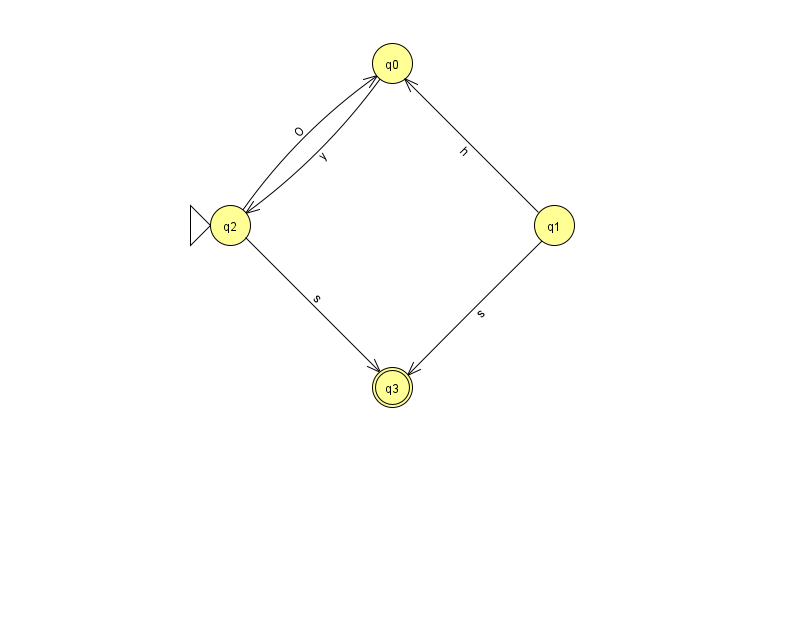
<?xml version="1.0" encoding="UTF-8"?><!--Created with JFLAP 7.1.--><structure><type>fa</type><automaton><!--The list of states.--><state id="0" name="q0"><x>392.0</x><y>50.0</y></state><state id="1" name="q1"><x>554.0</x><y>212.0</y></state><state id="2" name="q2"><x>230.0</x><y>212.0</y><initial/></state><state id="3" name="q3"><x>392.0</x><y>374.0</y><final/></state><!--The list of transitions.--><transition><from>2</from><to>3</to><read>s</read></transition><transition><from>1</from><to>0</to><read>h</read></transition><transition><from>1</from><to>3</to><read>s</read></transition><transition><from>2</from><to>0</to><read>O</read></transition><transition><from>0</from><to>2</to><read>y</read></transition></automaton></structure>